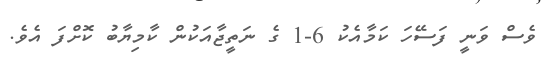
ވެސް ވަނީ ފަސޭހަ ކަމާއެކު 6-1 ގެ ނަތީޖާއަކުން ކާމިޔާބު ކޮށްފަ އެވެ.